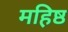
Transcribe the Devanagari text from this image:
महिष्ठ